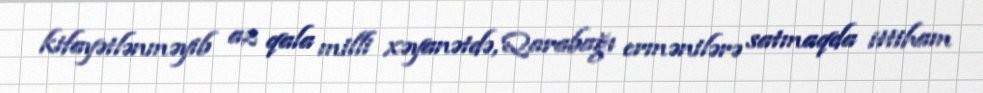
kifayətlənməyib az qala milli xəyanətdə, Qarabağı ermənilərə satmaqda ittiham